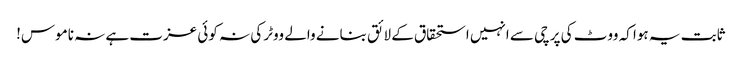
ثابت یہ ہوا کہ ووٹ کی پرچی سے انہیں استحقاق کے لائق بنانے والے ووٹر کی نہ کوئی عزت ہے نہ ناموس!